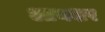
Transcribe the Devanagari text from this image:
आयशर